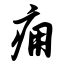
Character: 痈